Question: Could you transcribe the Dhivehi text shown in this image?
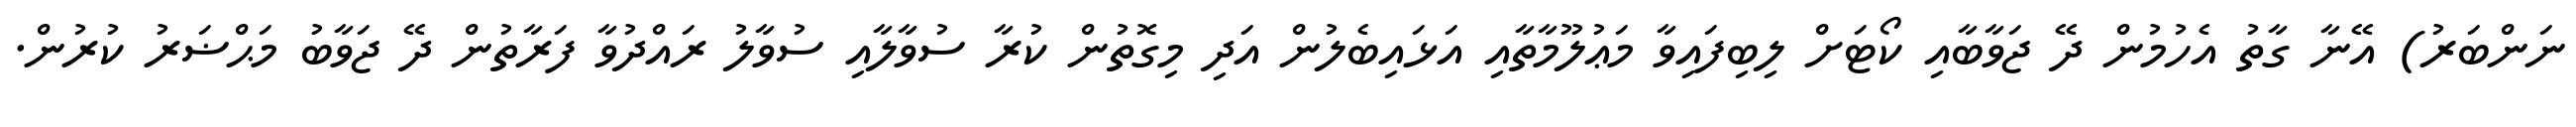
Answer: ނަންބަރު) އޭނާ ގާތު އެހުމުން ދޭ ޖަވާބާއި ކޯޓަށް ލިބިފައިވާ މަޢުލޫމާތާއި އަޅައިބެލުން އަދި މިގޮތުން ކުރާ ސުވާލާއި ސުވާލު ރައްދުވާ ފަރާތުން ދޭ ޖަވާބު މަޙްޟަރު ކުރުން.